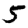
Digit: 5